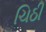
ચિઠી